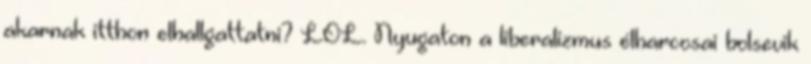
akarnak itthon elhallgattatni? LOL. Nyugaton a liberalizmus élharcosai bolsevik